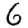
Digit: 6